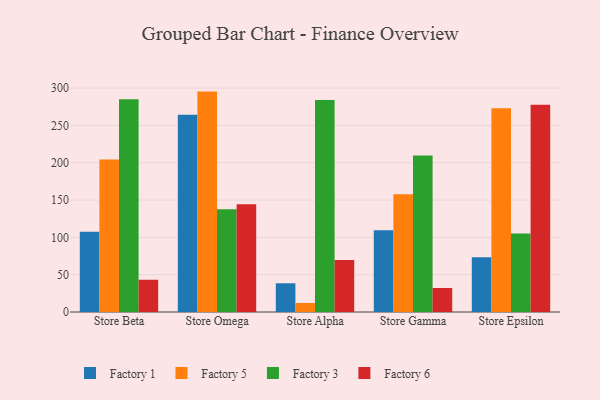
{"axis": {"x": "Store", "y": "Humidity (%)"}, "legend": ["Factory 1", "Factory 3", "Factory 5", "Factory 6"], "data": [{"x": "Store Beta", "y": 107.6, "type": "Factory 1"}, {"x": "Store Beta", "y": 204.2, "type": "Factory 5"}, {"x": "Store Beta", "y": 284.9, "type": "Factory 3"}, {"x": "Store Beta", "y": 43.2, "type": "Factory 6"}, {"x": "Store Omega", "y": 264.4, "type": "Factory 1"}, {"x": "Store Omega", "y": 295.3, "type": "Factory 5"}, {"x": "Store Omega", "y": 137.6, "type": "Factory 3"}, {"x": "Store Omega", "y": 144.4, "type": "Factory 6"}, {"x": "Store Alpha", "y": 38.5, "type": "Factory 1"}, {"x": "Store Alpha", "y": 12.1, "type": "Factory 5"}, {"x": "Store Alpha", "y": 283.9, "type": "Factory 3"}, {"x": "Store Alpha", "y": 69.8, "type": "Factory 6"}, {"x": "Store Gamma", "y": 109.6, "type": "Factory 1"}, {"x": "Store Gamma", "y": 157.8, "type": "Factory 5"}, {"x": "Store Gamma", "y": 209.6, "type": "Factory 3"}, {"x": "Store Gamma", "y": 32.2, "type": "Factory 6"}, {"x": "Store Epsilon", "y": 73.4, "type": "Factory 1"}, {"x": "Store Epsilon", "y": 272.9, "type": "Factory 5"}, {"x": "Store Epsilon", "y": 105.2, "type": "Factory 3"}, {"x": "Store Epsilon", "y": 277.8, "type": "Factory 6"}]}